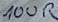
Text: 100R